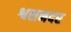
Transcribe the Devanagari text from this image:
श्वसनदर